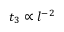
t _ { 3 } \propto l ^ { - 2 }